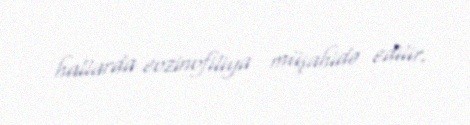
hallarda eozinofiliya müşahidə edilir.